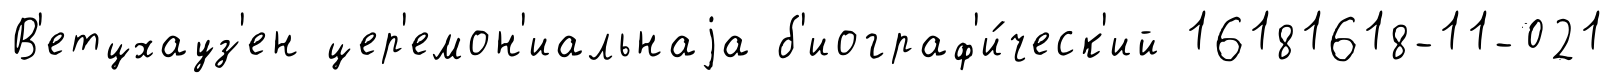
В'етцхауз'ен цер'емон'иальнаjа б'иограф'и́ческ'ий 16181618-11-021